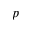
p